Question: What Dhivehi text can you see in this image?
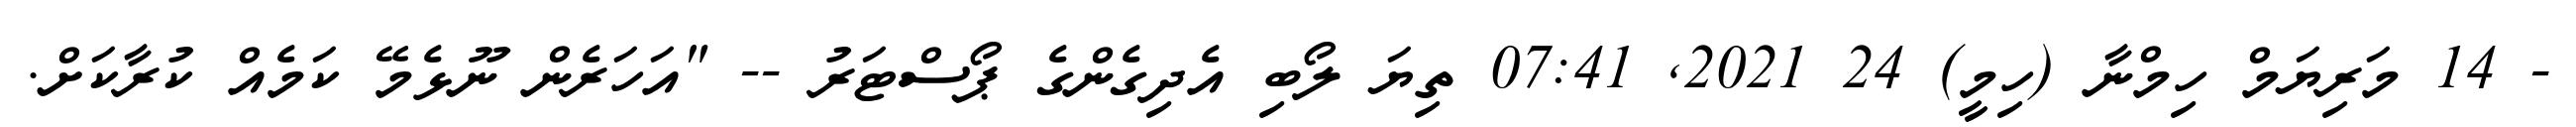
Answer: - 14 މަރިޔަމް ހިމްނާ (ހިމީ) 24 2021, 07:41 ތިޔަ ލޯބި އެދިގެންގެ ޕޯސްޓަރު -- "އަހަރެން ނޫޅެމޭ ކަމެއް ކުރާކަށް.